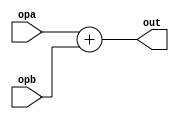
`timescale 1ns / 1ps
//////////////////////////////////////////////////////////////////////////////////
// Company: 
// Engineer: 
// 
// Design Name: 
// Module Name:    add32 
// Project Name: 
// Target Devices: 
// Tool versions: 
// Description: 
//
// Dependencies: 
//
// Revision: 
// Revision 0.01 - File Created
// Additional Comments: 
//
//////////////////////////////////////////////////////////////////////////////////
module add32(
input [31:0]opa,opb,
output [31:0]out
    );
assign out=opa+opb;

endmodule